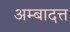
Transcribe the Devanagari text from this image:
अम्बादत्त